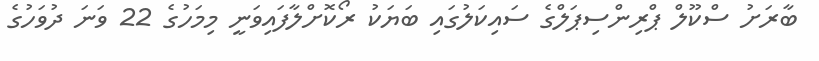
ބާރަށު ސްކޫލް ޕްރިންސިޕަލްގެ ސައިކަލުގައި ބަޔަކު ރޯކޮށްލާފައިވަނީ މިމަހުގެ 22 ވަނަ ދުވަހުގެ